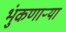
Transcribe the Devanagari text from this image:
भुंकणाऱ्या